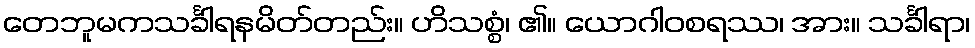
တေဘူမကသင်္ခါရနမိတ်တည်း။ ဟိသစ္စံ၊ ၏။ ယောဂါဝစရဿ၊ အား။ သင်္ခါရာ၊